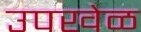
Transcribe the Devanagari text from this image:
उपखेळ